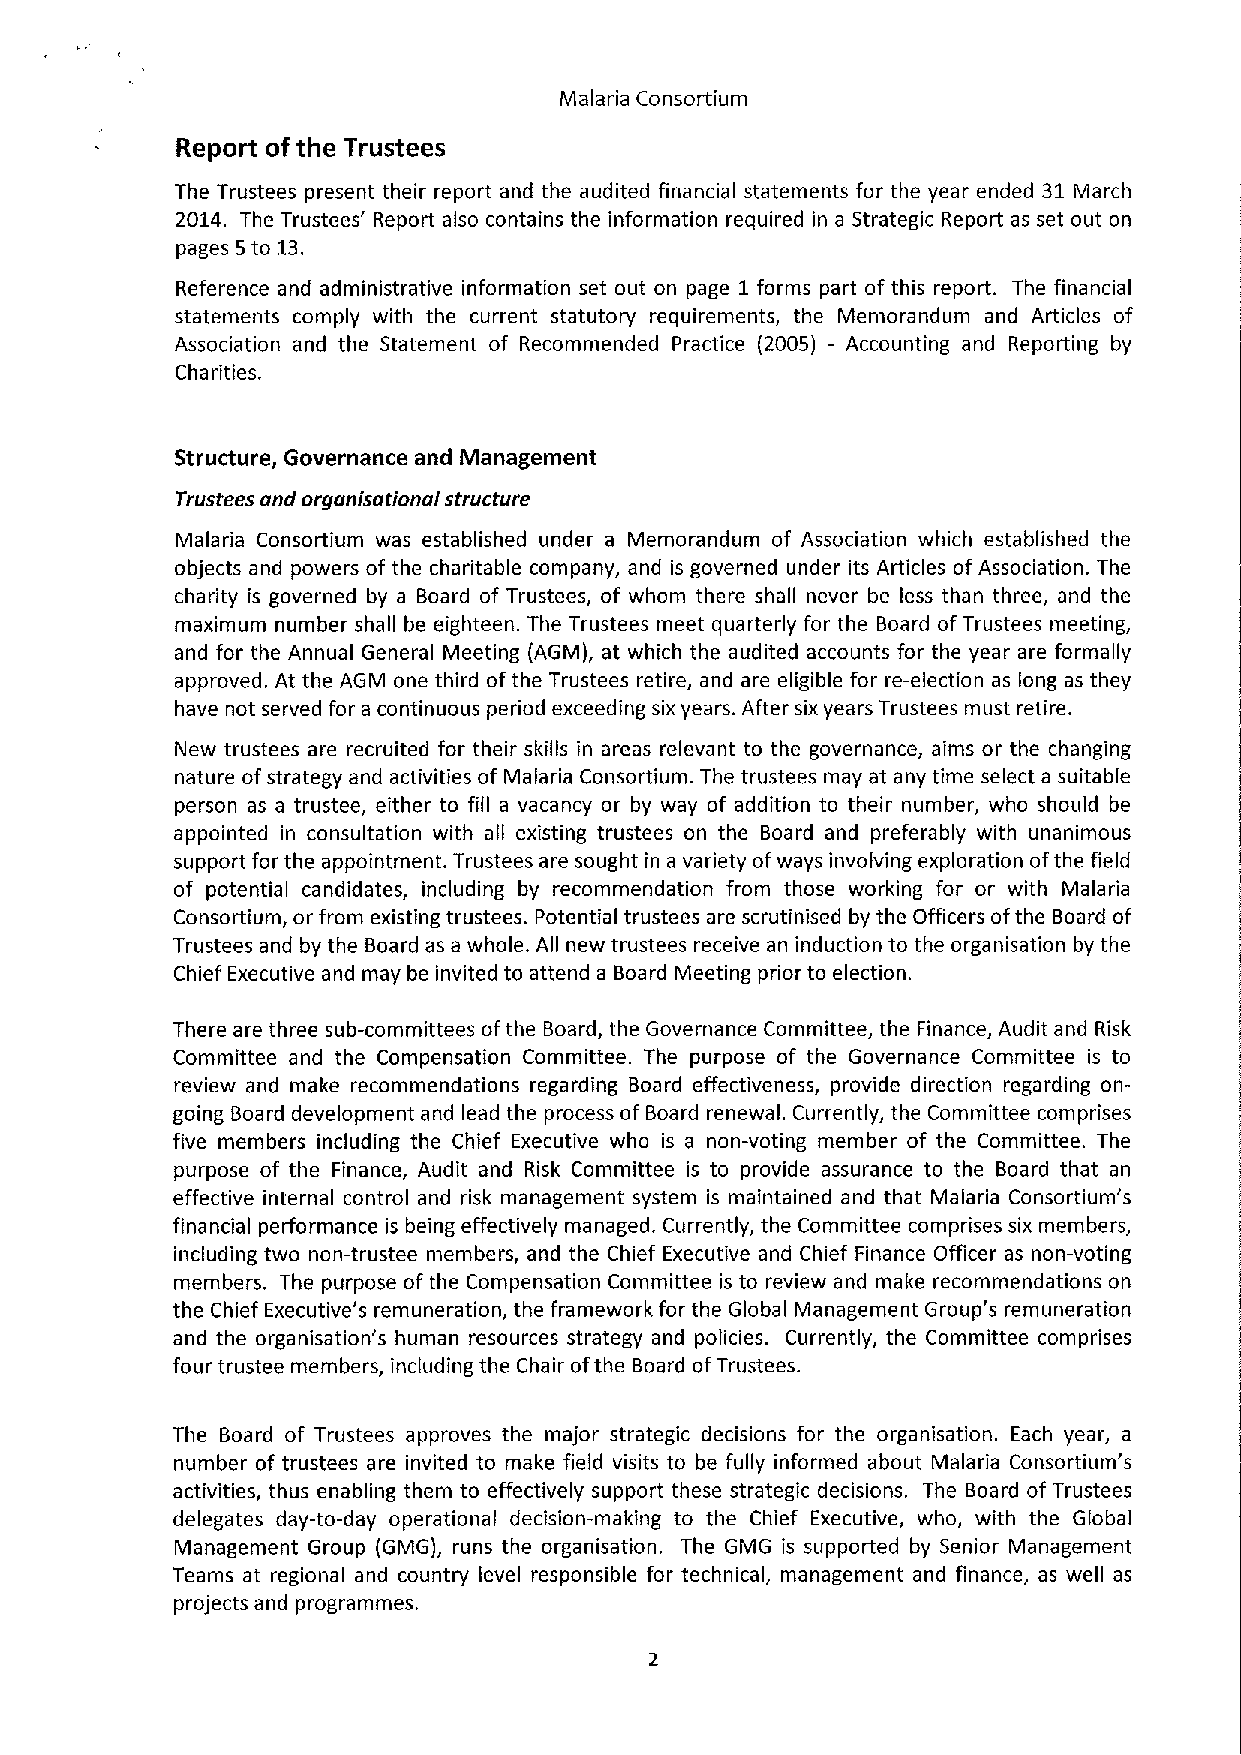
Malaria Consortium
 Report of the Trustees
 The Trustees present their report and the audited financial statements for the year ended 31 Ivlarch
 2014. The Trustees' Report also contains the information required in a Strategic Report as set out on
 pages 5to 13.
 Reference and administrative information set out on page 1 forms part of this report. The financial
 statements comply with the current statutory requirements, the Memorandum and Articles of
 Association and the Statement of Recommended Practice (2005) —Accounting and Reporting by
 Charities.
 Structure, Governance and Management
 Trustees and organisationai structure
 Malaria Consortium was established under a Memorandum of Association which established the
 objects and powers of the charitable company, and is governed under its Articles ofAssociation. The
 charity is governed by a Board of Trustees, of whom there shall never be less than three, and the
 maximum number shall be eighteen. The Trustees meet quarterly for the Board ofTrustees meeting,
 and for the Annual General Meeting (AGM), at which the audited accounts for the year are formally
 approved. At the AGM one third ofthe Trustees retire, and are eligible for re-election as long as they
 have not served for a continuous period exceeding six years. After six years Trustees must retire.
 New trustees are recruited for their skills in areas relevant to the governance, aims or the changing
 nature ofstrategy and activities of Malaria Consortium. The trustees may at any time select a suitable
 person as a trustee, either to fill a vacancy or by way of addition to their number, who should be
 appointed in consultation with all existing trustees on the Board and preferably with unanimous
 support for the appointment. Trustees are sought in a variety ofways involving exploration ofthe field
 of potential candidates, including by recommendation from those working for or with Malaria
 Consortium, or from existing trustees. Potential trustees are scrutinised by the Officers ofthe Board of
 Trustees and by the Board as a whole. All new trustees receive an induction to the organisation by the
 Chief Executive and may be invited to attend a Board Meeting prior to election.
 There are three sub-committees ofthe Board, the Governance Committee, the Finance, Audit and Risk
 Committee and the Compensation Committee. The purpose of the Governance Committee is to
 review and make recommendations regarding Board effectiveness, provide direction regarding on-
 going Board development and lead the process of Board renewal. Currently, the Committee comprises
 five members including the Chief Executive who is a non-voting member of the Committee. The
 purpose of the Finance, Audit and Risk Committee is to provide assurance to the Board that an
 effective internal control and risk management system is maintained and that Malaria Consortium's
 financial performance is being effectively managed. Currently, the Committee comprises six members,
 including two non-trustee members, and the Chief Executive and Chief Finance Officer as non-voting
 members. The purpose ofthe Compensation Committee is to review and make recommendations on
 the Chief Executive's remuneration, the framework for the Global Management Group's remuneration
 and the organisation's human resources strategy and policies. Currently, the Committee comprises
 four trustee members, including the Chair ofthe Board ofTrustees.
 The Board of Trustees approves the major strategic decisions for the organisation. Each year, a
 number of trustees are invited to make field visits to be fully informed about Malaria Consortium's
 activities, thus enabling them to effectively support these strategic decisions. The Board of Trustees
 delegates day-to-day operational decision-making to the Chief Executive, who, with the Global
 Management Group (GMG), runs the organisation. The GMG is supported by Senior Management
 Teams at regional and country level responsible for technical, management and finance, as well as
 projects and programmes.